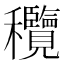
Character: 𥤝